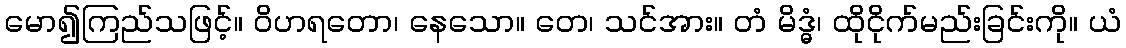
မော၍ကြည်သဖြင့်။ ဝိဟရတော၊ နေသော။ တေ၊ သင်အား။ တံ မိဒ္ဓံ၊ ထိုငိုက်မည်းခြင်းကို။ ယံ